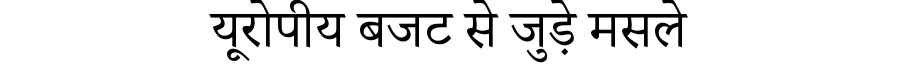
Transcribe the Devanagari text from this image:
यूरोपीय बजट से जुड़े मसले